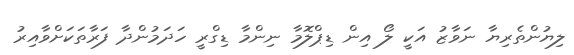
ލިޔުންތެރިޔާ ނަވާޒު އަކީ ލޯ އިން ޑިޕްލޮމާ ނިންމާ ޑިގްރީ ހަދަމުންދާ ފަރާތަކަށްވާއިރު